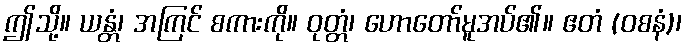
ဤသို့။ ယန္တံ၊ အကြင် စကားကို။ ဝုတ္တံ၊ ဟောတော်မူအပ်၏။ ဧတံ (ဝစနံ)၊